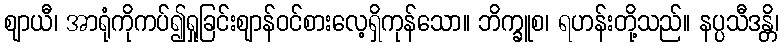
ဈာယီ၊ အာရုံကိုကပ်၍ရှုခြင်းဈာန်ဝင်စားလေ့ရှိကုန်သော။ ဘိက္ခူစ၊ ရဟန်းတို့သည်။ နပ္ပသီဒန္တိ၊